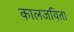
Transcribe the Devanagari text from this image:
कालजयिता